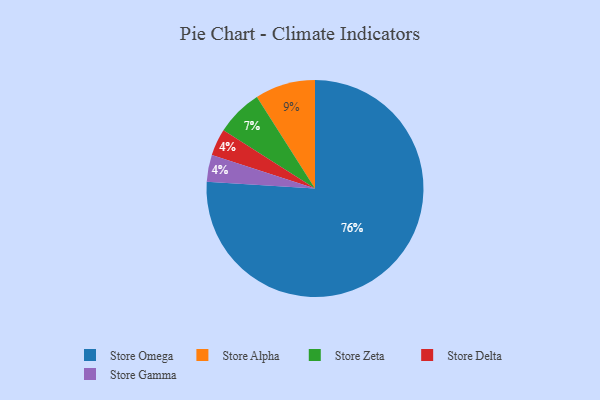
{"axis": {"x": "Category", "y": "Percentage"}, "legend": ["Store Alpha", "Store Delta", "Store Gamma", "Store Omega", "Store Zeta"], "data": [{"x": "Store Alpha", "y": 9, "type": "Store Alpha"}, {"x": "Store Zeta", "y": 7, "type": "Store Zeta"}, {"x": "Store Omega", "y": 76, "type": "Store Omega"}, {"x": "Store Delta", "y": 4, "type": "Store Delta"}, {"x": "Store Gamma", "y": 4, "type": "Store Gamma"}]}